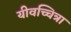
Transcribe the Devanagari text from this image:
यीवच्चित्रा